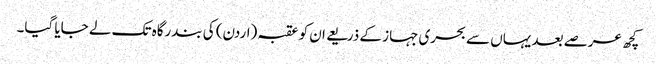
کچھ عرصے بعد یہاں سے بحری جہاز کے ذریعے ان کو عقبہ (اردن) کی بندرگاہ تک لے جایا گیا۔